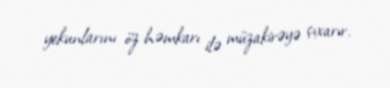
yekunlarını öz həmkarı ilə müzakirəyə çıxarır.